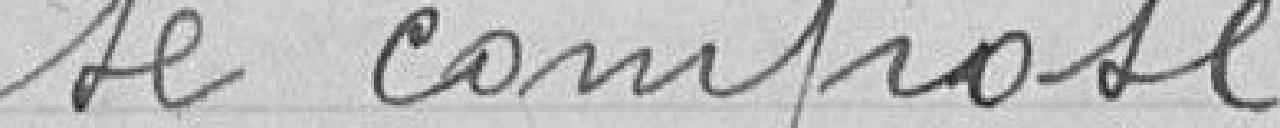
se compose :